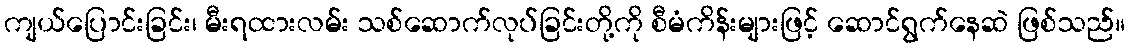
ကျယ်ပြောင်းခြင်း၊ မီးရထားလမ်း သစ်ဆောက်လုပ်ခြင်းတို့ကို စီမံကိန်းများဖြင့် ဆောင်ရွက်နေဆဲ ဖြစ်သည်။